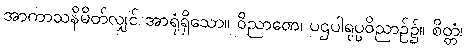
အာကာသနိမိတ်လျှင် အာရုံရှိသော။ ဝိညာဏေ၊ ပဌပါရုပ္ပဝိညာဉ်၌။ စိတ္တံ၊